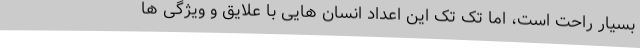
بسیار راحت است، اما تک تک این اعداد انسان هایی با علایق و ویژگی ها